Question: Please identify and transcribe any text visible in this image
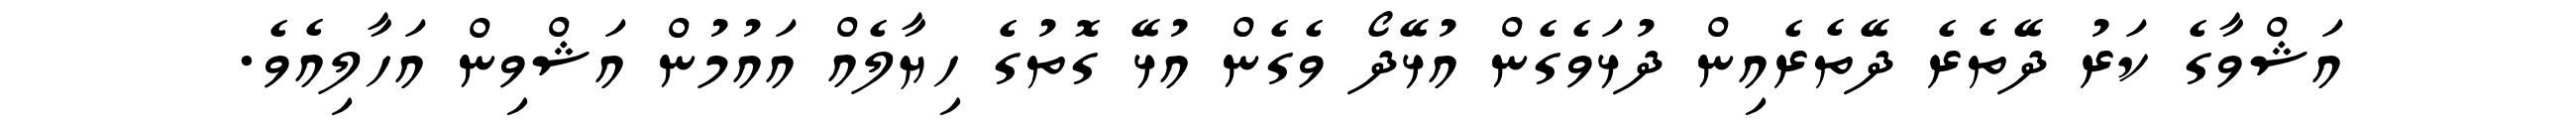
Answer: އަޝްވާގެ ކަރު ދޭތެރެ ދޭތެރެއިން ދުޅަވެގެން އުޅޭދޯ ވެގެން އުޅޭ ގޮތުގެ ހިޔާލެއް އައުމުން އަޝްވިން އަހާލިއެވެ.